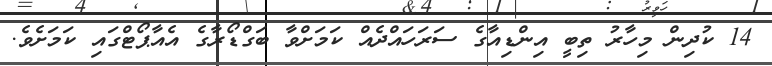
14 ކުދިން މިހާރު ތިބީ އިންޑިއާގެ ސަރަހައްދެއް ކަމަށްވާ ބަގްޑޯރާގެ އެއާޕޯޓްގައި ކަމަށެވެ.